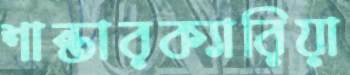
শান্তারক্যারিয়া